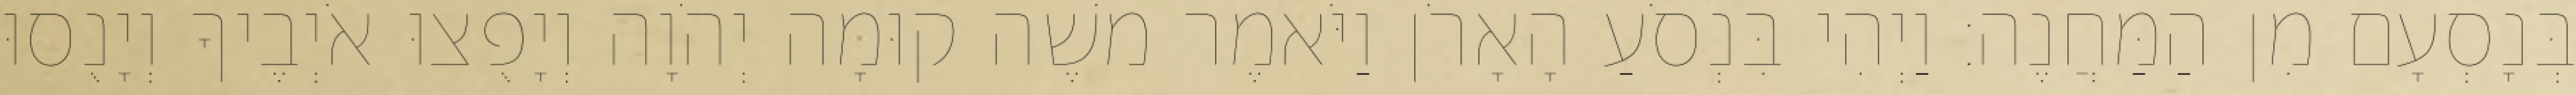
בְּנָסְעָם מִן הַמַּחֲנֶה׃ וַיְהִי בִּנְסֹעַ הָאָרֹן וַיֹּאמֶר משֶׁה קוּמָה יְהֹוָה וְיָפֻצוּ אֹיְבֶיךָ וְיָנֻסוּ